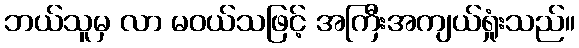
ဘယ်သူမှ လာ မဝယ်သဖြင့် အကြီးအကျယ်ရှုံးသည်။